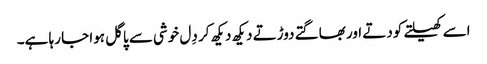
اسے کھیلتے کودتے اور بھاگتے دوڑتے دیکھ دیکھ کر دِل خوشی سے پاگل ہوا جا رہا ہے۔